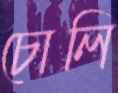
চোলি